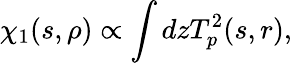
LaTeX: \chi_{1}(s,\rho)\propto\int dzT_{p}^{2}(s,r),